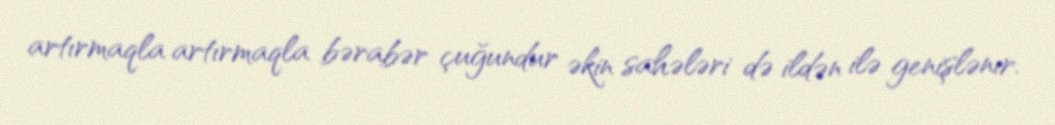
artırmaqla artırmaqla bərabər çuğundur əkin sahələri də ildən ilə genişlənır.